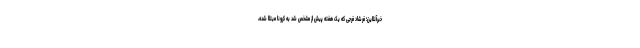
خبرآنلاین؛ فرشاد فرجی که یک هفته پیش از مشخص شد به کرونا مبتلا شده،